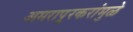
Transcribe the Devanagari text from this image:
अमरापूूरकरांमुळे